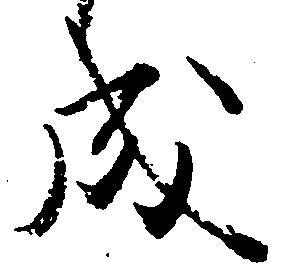
成